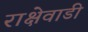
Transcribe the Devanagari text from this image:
राक्षेवाडी